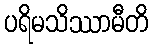
ပရိမသိဿာမီတိ